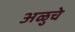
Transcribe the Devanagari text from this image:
अळुचे